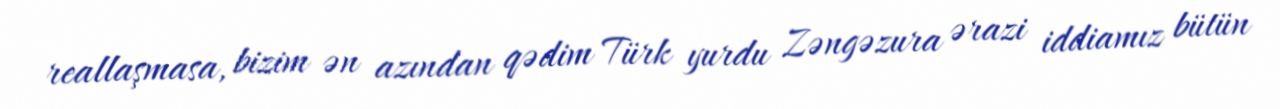
reallaşmasa, bizim ən azından qədim Türk yurdu Zəngəzura ərazi iddiamız bütün